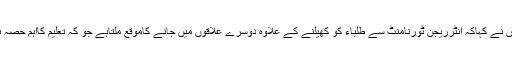
انہوں نے کہاکہ انٹرریجن ٹورنامنٹ سے طلباء کو کھیلنے کے علاوہ دوسرے علاقوں میں جانے کاموقع ملتاہے جو کہ تعلیم کااہم حصہ ہے۔